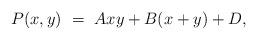
LaTeX: \begin{align*}P(x,y) ~=~ Axy+B(x+y)+D,\end{align*}